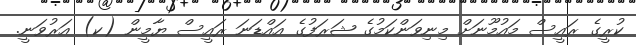
ކުރީގެ ރައީސް މައުމޫނަށް މިނިވަންކަމުގެ ޝަރަފުގެ އައްޑަނަ ރައީސް ޔާމީން (ކ) އަރުވަނީ.